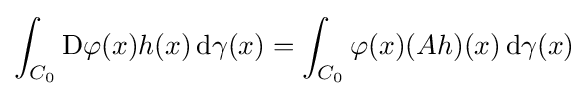
\int _{C_{0}}\mathrm {D} \varphi (x)h(x)\,\mathrm {d} \gamma (x)=\int _{C_{0}}\varphi (x)(Ah)(x)\,\mathrm {d} \gamma (x)